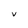
Character: v